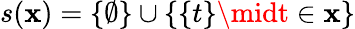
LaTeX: s(\mathbf{x})=\{ \emptyset\} \cup\{ \{ t\} \midt\in\mathbf{x}\}